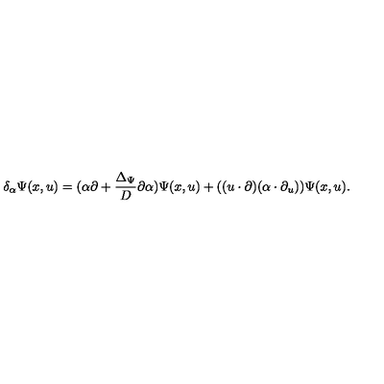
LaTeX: \delta _ { \alpha } \Psi ( x , u ) = ( \alpha \partial + \frac { \Delta _ { \Psi } } { D } \partial \alpha ) \Psi ( x , u ) + ( ( u \cdot \partial ) ( \alpha \cdot \partial _ { u } ) ) \Psi ( x , u ) .